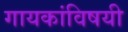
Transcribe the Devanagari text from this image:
गायकांविषयी